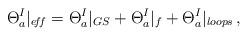
LaTeX: \begin{align*}\Theta_a^I|_{e\! f\! f}=\Theta_a^I|_{GS}+\Theta_a^I|_{f}+\Theta_a^I|_{loops}\, ,\end{align*}